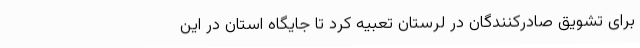
برای تشویق صادرکنندگان در لرستان تعبیه کرد تا جایگاه استان در این